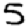
Digit: 5